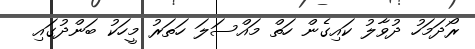
ރޯދަމަހު ދުވާލު ކައިގެން ހަތް މައްސަލަ ހަތަރު މީހަކު ބަންދުގައި